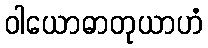
ဝါယောဓာတုယာဟံ